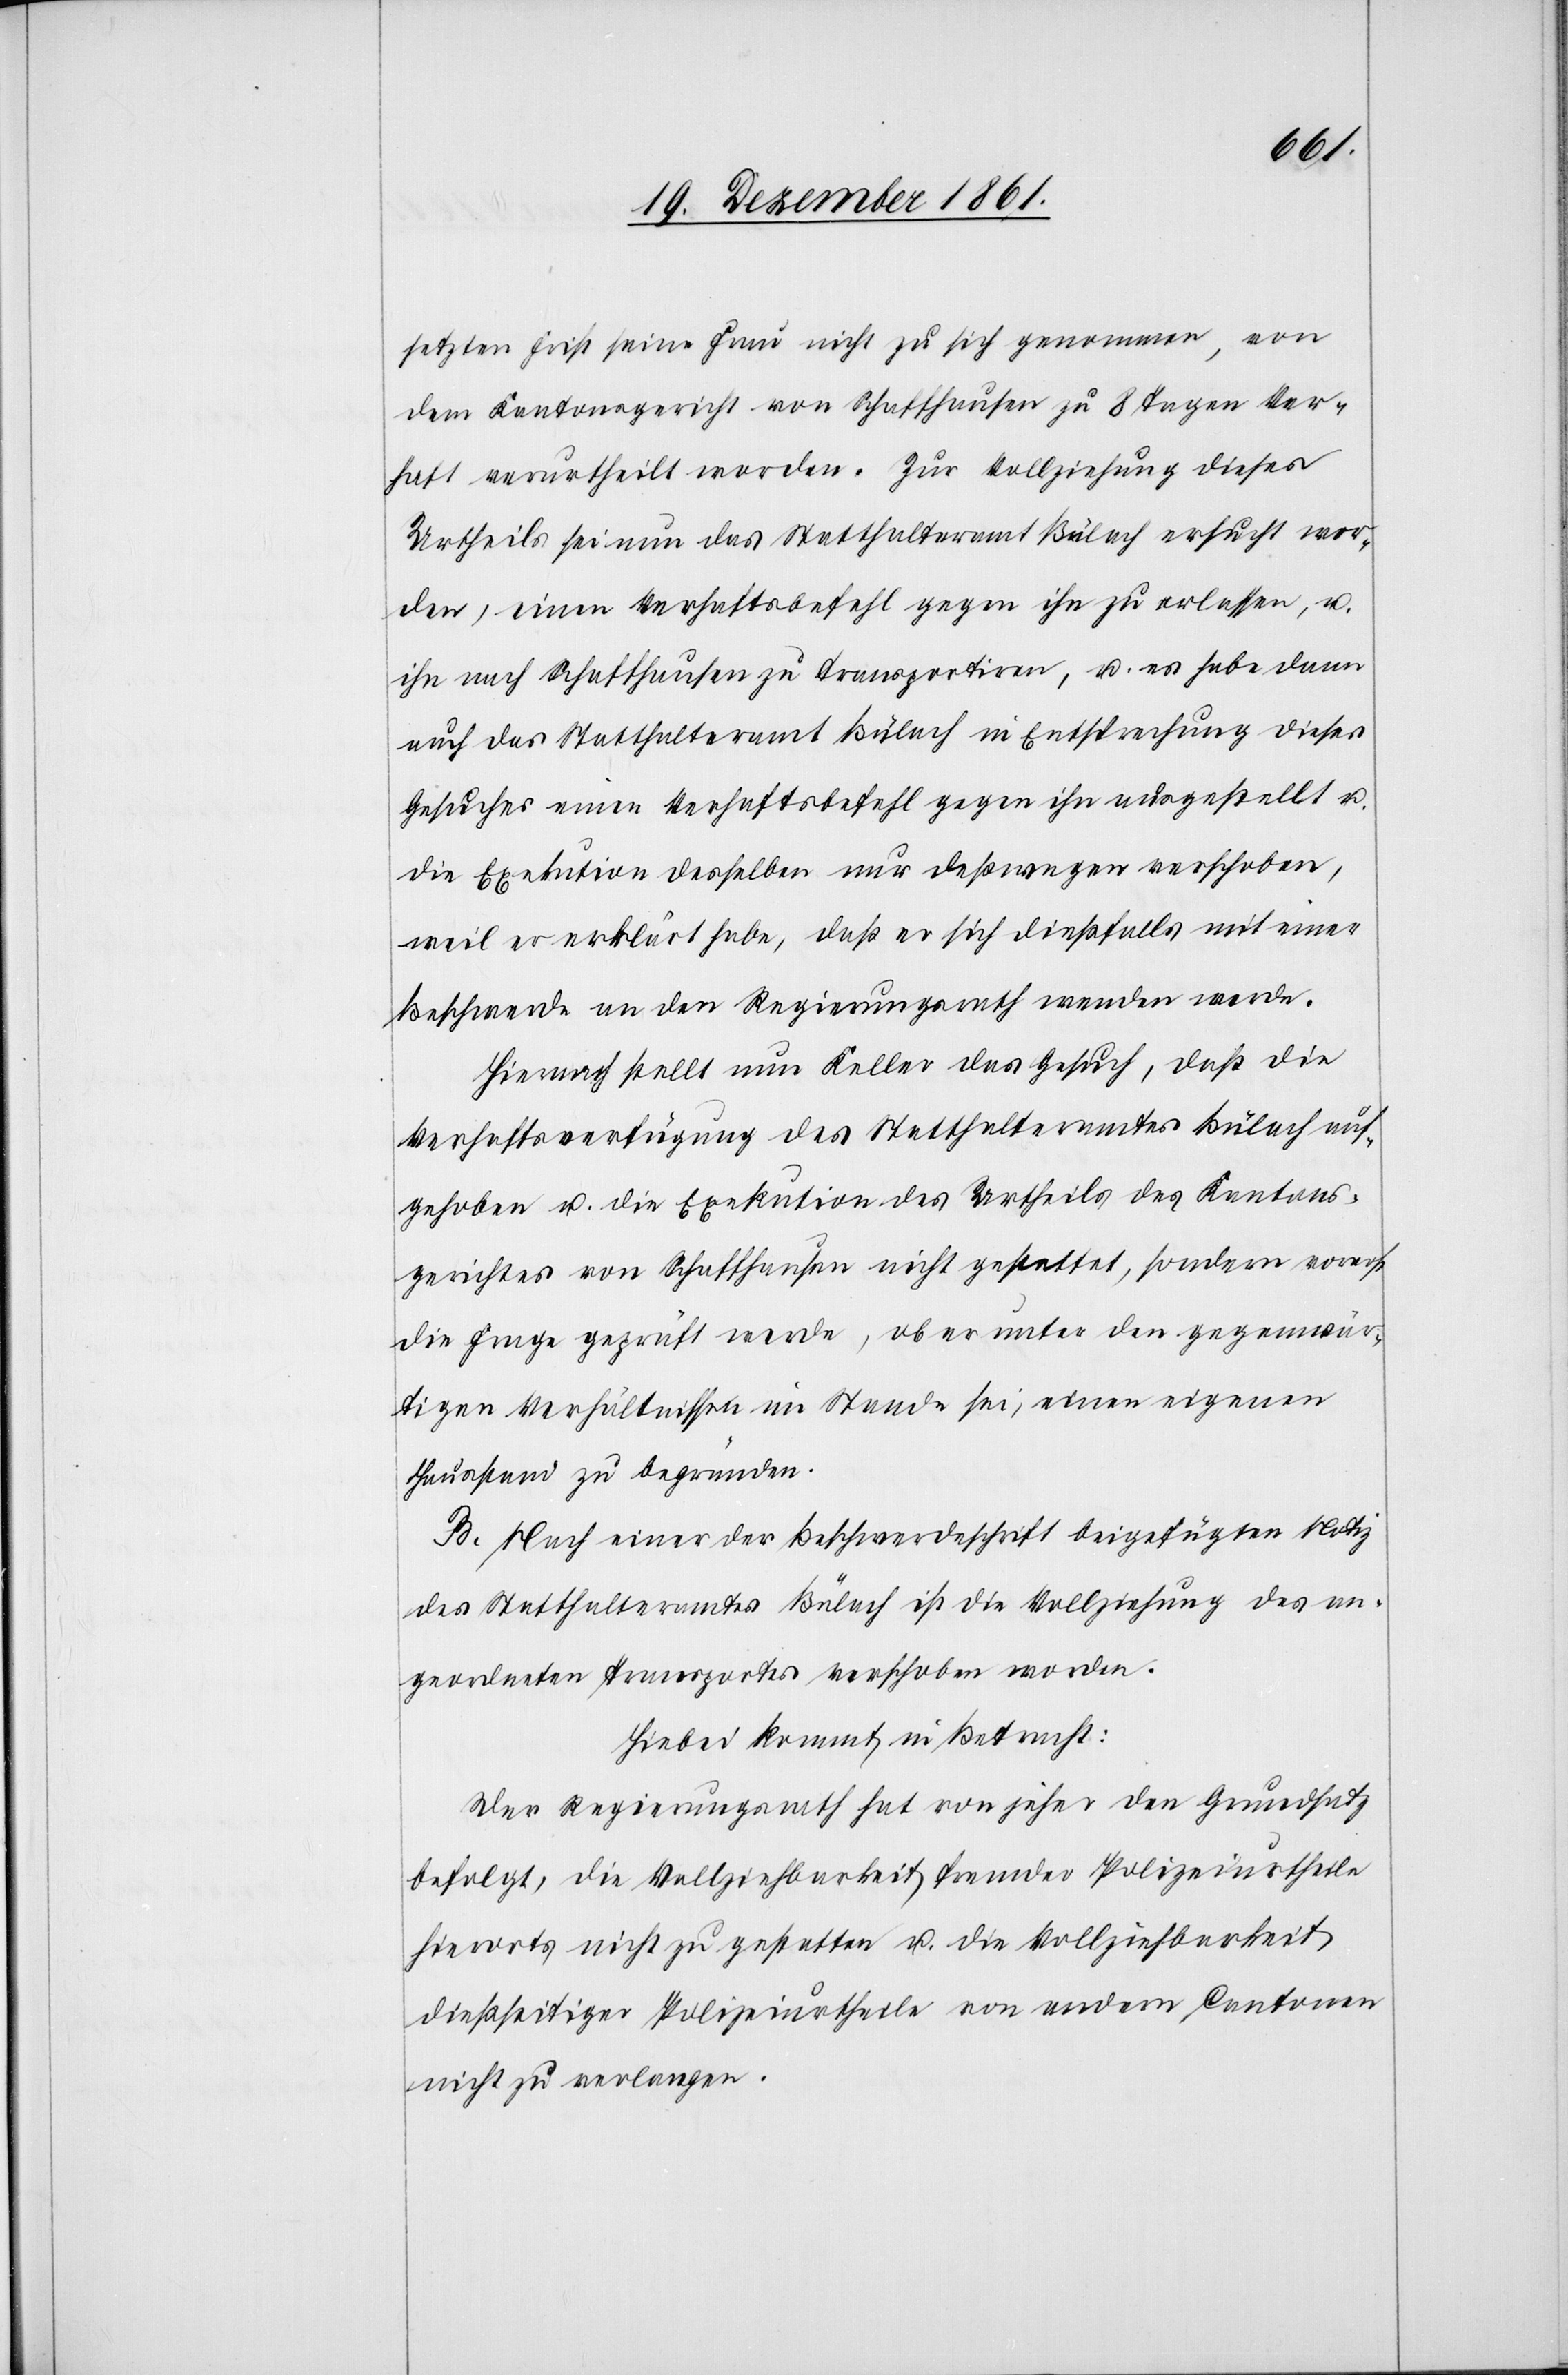
setzten Frist seine Frau nicht zu sich genommen, von
dem Kantonsgericht von Schaffhausen zu 8 Tagen Ver¬
haft verurtheilt worden. Zur Vollziehung dieses
Urtheils sei nun das Statthalteramt Bülach ersucht wor¬
den, einen Verhaftsbefehl gegen ihn zu erlassen, u.
ihn nach Schaffhausen zu transportiren, u. es habe dann
auf das Statthalteramt Bülach in Entsprechung dieses
Gesuches einen Verhaftsbefehl gegen ihn ausgestellt u.
die Exekution desselben nur deßwegen verschoben,
weil er erklärt habe, daß er sich dießfalls mit einer
Beschwerde an den Regierungsrath wenden werde.
Hienach stellt nun Keller das Gesuch, daß die
Verhaftsverfügung des Statthalteramtes Bülach auf¬
gehoben u. die Exekution des Urtheils des Kantons¬
gerichtes von Schaffhausen nicht gestattet, sondern vorerst
die Frage geprüft werde, ob er unter den gegenwär¬
tigen Verhältnissen im Stande sei, einen eigenen
Hausstand zu begründen.
B. Nach einer der Beschwerdeschrift beigefügten Notiz
des Statthalteramtes Bülach ist die Vollziehung des an¬
geordneten Transportes verschoben worden.
Hiebei kommt in Betracht:
Der Regierungsrath hat von jeher den Grundsatz
befolgt, die Vollziehbarkeit fremder Polizeiurtheile
hierorts nicht zu gestatten u. die Vollziehbarkeit
dießseitiger Polizeiurtheile von andern Cantonen
nicht zu verlangen.